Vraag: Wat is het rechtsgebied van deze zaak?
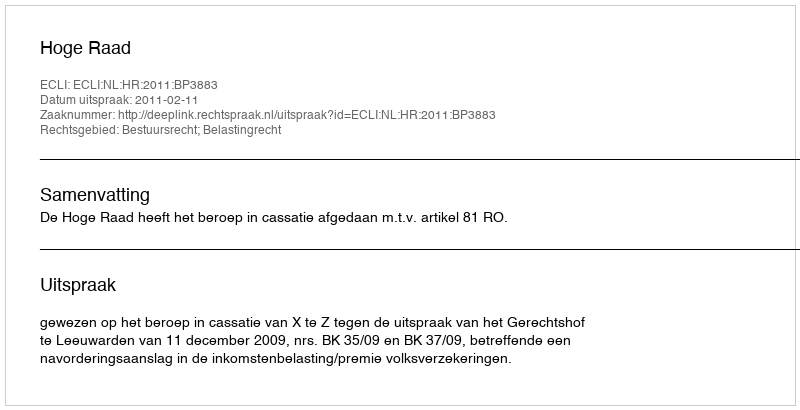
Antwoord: Bestuursrecht; Belastingrecht